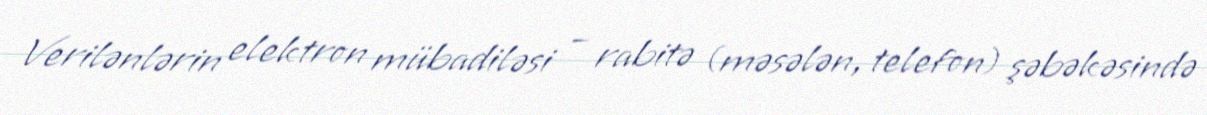
Verilənlərin elektron mübadiləsi – rabitə (məsələn, telefon) şəbəkəsində